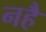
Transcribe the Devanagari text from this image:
नहै